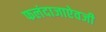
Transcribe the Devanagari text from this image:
फलंदाजाऐवजी